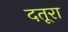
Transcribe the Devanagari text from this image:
दतूरा